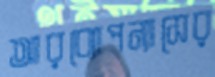
আরব্যোপন্যাসের